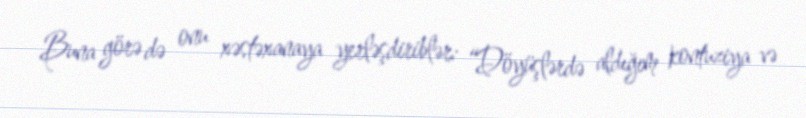
Buna görə də onu xəstəxanaya yerləşdiriblər: “Döyüşlərdə aldığım kontuziya və